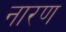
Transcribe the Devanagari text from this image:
नारण